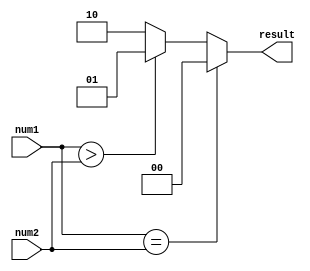
module fixed_point_comparator (
    input signed [7:0] num1,
    input signed [7:0] num2,
    output reg [1:0] result
);

always @(*)
begin
    if(num1 == num2)
        result = 2'b00;
    else if(num1 > num2)
        result = 2'b01;
    else
        result = 2'b10;
end

endmodule